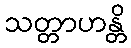
သတ္တာဟန္တိ